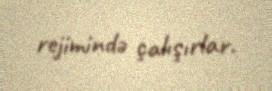
rejimində çalışırlar.